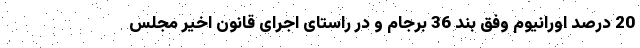
20 درصد اورانیوم وفق بند 36 برجام و در راستای اجرای قانون اخیر مجلس